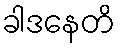
ခါဒနေတိ